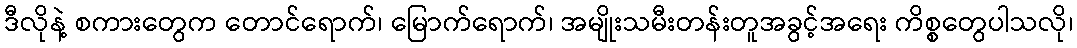
ဒီလိုနဲ့ စကားတွေက တောင်ရောက်၊ မြောက်ရောက်၊ အမျိုးသမီးတန်းတူအခွင့်အရေး ကိစ္စတွေပါသလို၊